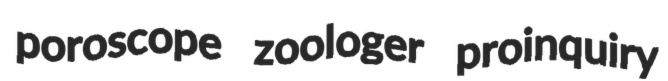
poroscope zoologer proinquiry